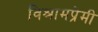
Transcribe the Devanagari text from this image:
विश्रामप्रेमी